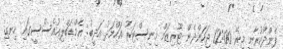
ފެންދޫކުރާނީ މިރޭ 12:00 ޖަހަންދެން ޓޫރިޒަމް މިނިސްޓަރު އަހްމަދު އަދީބު: އެމްޑަބްލިއުއެސްސީގައި ހިނގި